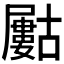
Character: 𡳰